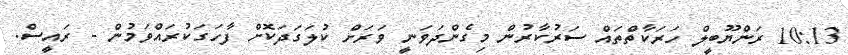
10:13 ރަންޔޫބީލް ހަރަކާތްތައް ސަރުކާރުން މިގެންދަވަނީ ވަރަށް ކުލަގަދަކޮށް ފާހަގަކުރައްވަމުން - ރައީސް.